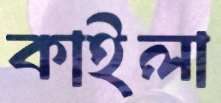
কাইলা